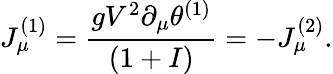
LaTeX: J_{\mu}^{(1)}={\frac{gV^{2}\partial_{\mu}\theta^{(1)}}{(1+I)}}=-J_{\mu}^{(2)}.